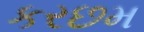
કરછમ